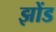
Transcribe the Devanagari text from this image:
झोंड